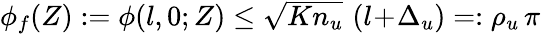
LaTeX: \begin{array}{r}{\phi_{f}(Z):=\phi(l,0;Z)\le\sqrt{Kn_{u}}\, \left(l\! +\! \Delta_{u}\right)=:\rho_{u}\, \pi}\end{array}